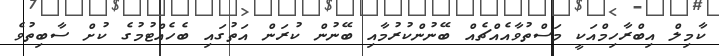
ކާމިލް އިބްރާހިމްއަކީ މަސްތުވާއެއްޗެއް ބޭނުންކުރުމާއި ބޭނުން ކުރަން އަތުގައި ބެހެއްޓުމުގެ ކުށް ސާބިތުވެ